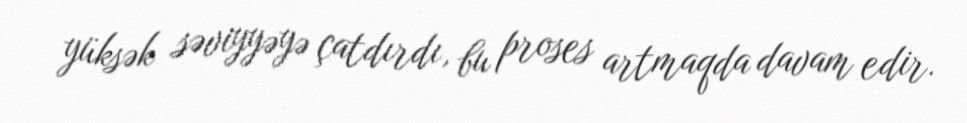
yüksək səviyyəyə çatdırdı, bu proses artmaqda davam edir.